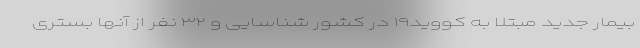
بیمار جدید مبتلا به کووید۱۹ در کشور شناسایی و ۳۲ نفر از آنها بستری